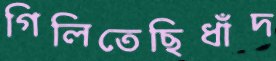
গিলিতেছিধাঁদ